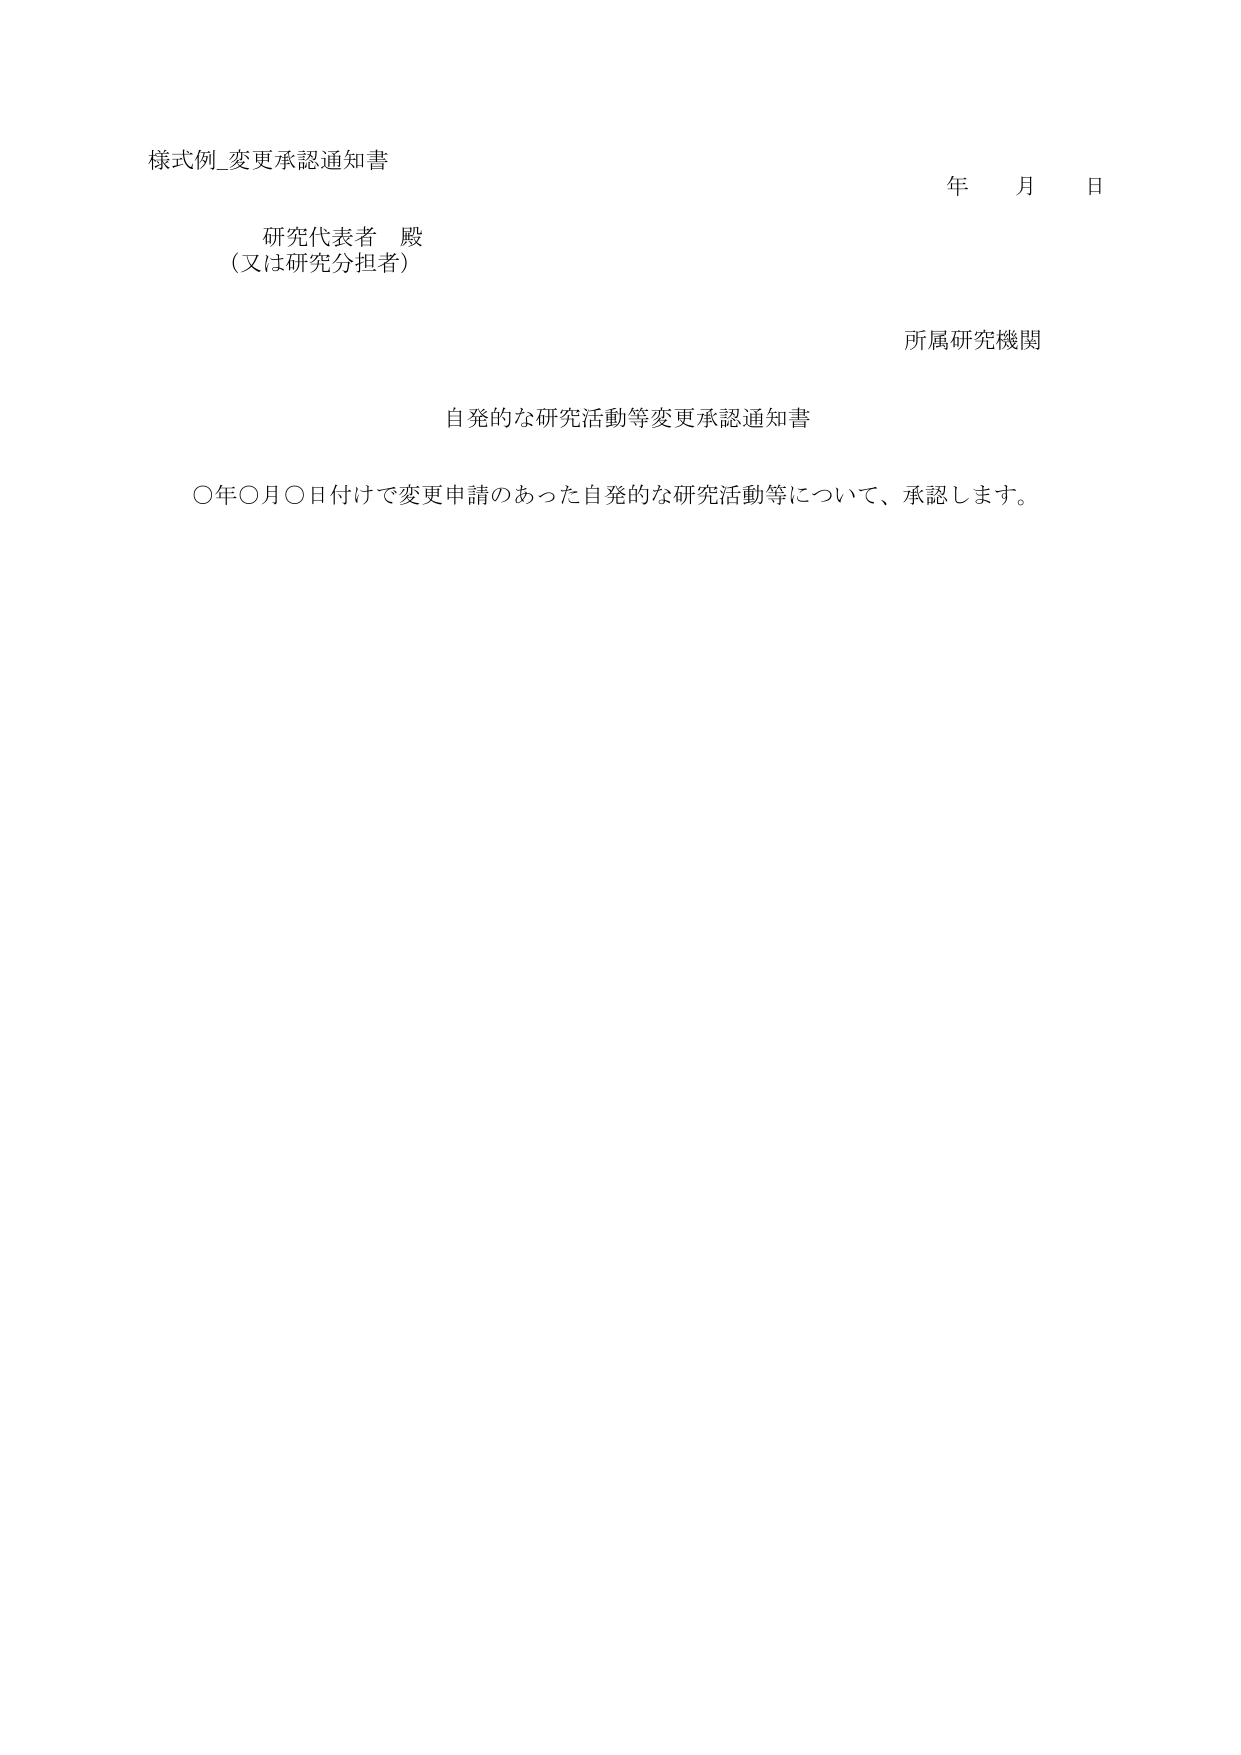
様式例_変更承認通知書

研究代表者 殿
（又は研究分担者）

年 月 日

所属研究機関

自発的な研究活動等変更承認通知書

〇年〇月〇日付けで変更申請のあった自発的な研究活動等について、承認します。